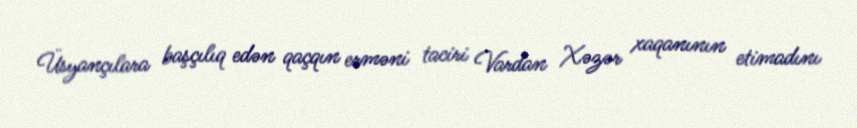
Üsyançılara başçılıq edən qaçqın erməni taciri Vardan Xəzər xaqanının etimadını